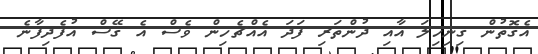
އެގޮތުން ގިނިހިލަ އާއި ދުންތަރި ފަދަ އެއްޗެހިން ވެސް އެ ގޭސް އުފެދިފާނެ